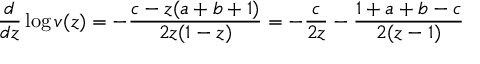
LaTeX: { \frac { d } { d z } } \log v ( z ) = - { \frac { c - z ( a + b + 1 ) } { 2 z ( 1 - z ) } } = - { \frac { c } { 2 z } } - { \frac { 1 + a + b - c } { 2 ( z - 1 ) } }